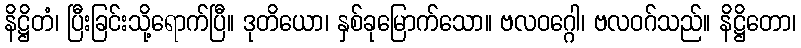
နိဋ္ဌိတံ၊ ပြီးခြင်းသို့ရောက်ပြီ။ ဒုတိယော၊ နှစ်ခုမြောက်သော။ ဗလဝဂ္ဂေါ၊ ဗလဝဂ်သည်။ နိဋ္ဌိတော၊